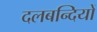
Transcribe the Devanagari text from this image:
दलबन्दियों